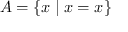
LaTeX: A = \{ x \mid x = x \}